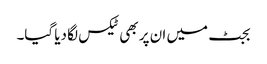
بجٹ میں ان پر بھی ٹیکس لگا دیا گیا۔